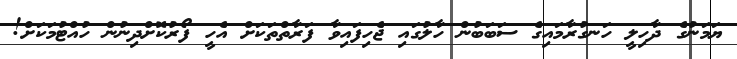
ޔަަމަނުގެ ދާހިލީ ހަނގުރާމައިގެ ސަބަބުން ހާލުގައި ޖެހިފައިވާ ފަރާތްތަކަށް އެހީ ފޯރުކޮށްދިނުން ހުއްޓުމަކަށް!